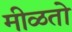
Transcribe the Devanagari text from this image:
मीळतो